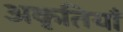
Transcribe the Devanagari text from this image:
अकृतियाँ